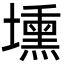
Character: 壎